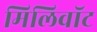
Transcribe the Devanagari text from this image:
मिलिवॉट